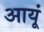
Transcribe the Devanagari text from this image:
आयूं